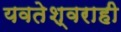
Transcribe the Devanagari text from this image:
यवतेश्वराही